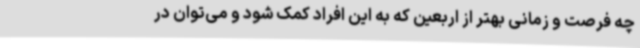
چه فرصت و زمانی بهتر از اربعین که به این افراد کمک شود و می‌توان در